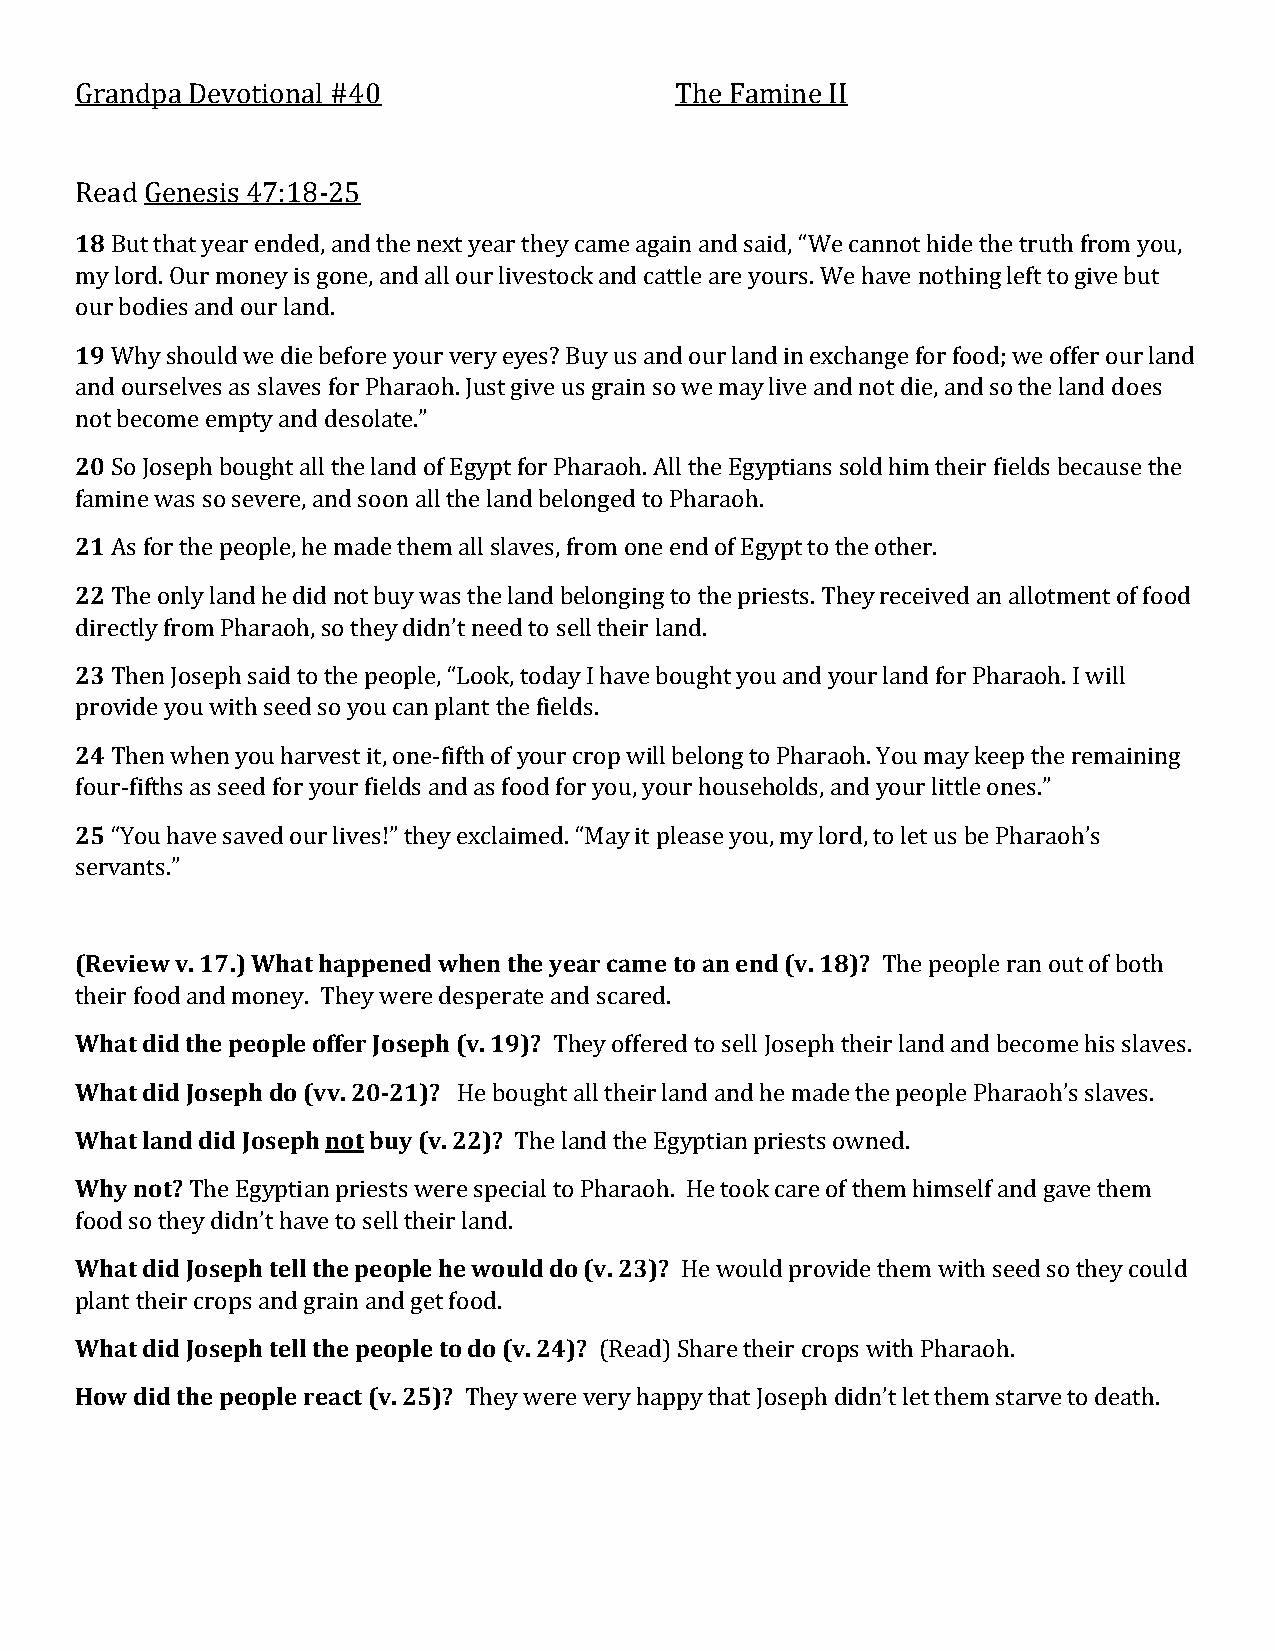
Grandpa Devotional #40                  The Famine II
 Read Genesis 47:18-25
 18 But that year ended, and the next year they came again and said, “We cannot hide the truth from you,
 my lord. Our money is gone, and all our livestock and cattle are yours. We have nothing left to give but
 our bodies and our land.
 19 Why should we die before your very eyes? Buy us and our land in exchange for food; we offer our land
 and ourselves as slaves for Pharaoh. Just give us grain so we may live and not die, and so the land does
 not become empty and desolate.”
 20 So Joseph bought all the land of Egypt for Pharaoh. All the Egyptians sold him their fields because the
 famine was so severe, and soon all the land belonged to Pharaoh.
 21 As for the people, he made them all slaves, from one end of Egypt to the other.
 22 The only land he did not buy was the land belonging to the priests. They received an allotment of food
 directly from Pharaoh, so they didn’t need to sell their land.
 23 Then Joseph said to the people, “Look, today I have bought you and your land for Pharaoh. I will
 provide you with seed so you can plant the fields.
 24 Then when you harvest it, one-fifth of your crop will belong to Pharaoh. You may keep the remaining
 four-fifths as seed for your fields and as food for you, your households, and your little ones.”
 25 “You have saved our lives!” they exclaimed. “May it please you, my lord, to let us be Pharaoh’s
 servants.”
 (Review v. 17.) What happened when the year came to an end (v. 18)? The people ran out of both
 their food and money. They were desperate and scared.
 What did the people offer Joseph (v. 19)? They offered to sell Joseph their land and become his slaves.
 What did Joseph do (vv. 20-21)? He bought all their land and he made the people Pharaoh’s slaves.
 What land did Joseph not buy (v. 22)? The land the Egyptian priests owned.
 Why not? The Egyptian priests were special to Pharaoh. He took care of them himself and gave them
 food so they didn’t have to sell their land.
 What did Joseph tell the people he would do (v. 23)? He would provide them with seed so they could
 plant their crops and grain and get food.
 What did Joseph tell the people to do (v. 24)? (Read) Share their crops with Pharaoh.
 How did the people react (v. 25)? They were very happy that Joseph didn’t let them starve to death.